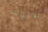
ضيوف